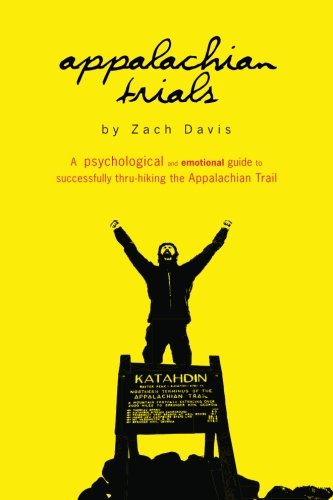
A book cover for Appalachian Trials: A Psychological and Emotional Guide To Thru-Hike the Appalachian Trail (Volume 1); Zach Davis; Sports & Outdoors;